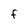
Character: F